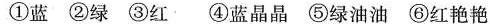
①蓝 ②绿 ③红 ④蓝晶晶 ⑤绿油油 ⑥红艳艳